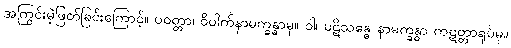
အကြွင်းမဲ့ဖြတ်ခြင်းကြောင့်။ ပဝတ္တာ၊ ဝိပါက်နာမက္ခန္ဓာမှ။ ဝါ၊ ပဋိသန္ဓေ နာမက္ခန္ဓာ ကဋတ္တာရုပ်မှ။